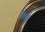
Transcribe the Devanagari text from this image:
नीक्स